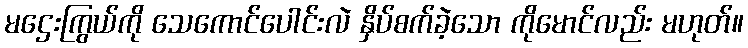
မဌေးကြွယ်ကို သေကောင်ပေါင်းလဲ နှိပ်စက်ခဲ့သော ကိုမောင်လည်း မဟုတ်။